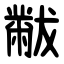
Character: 黻